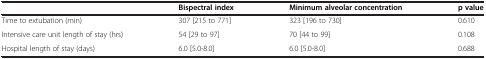
<table><thead><tr><td><b> </b></td><td><b>Bispectral index</b></td><td><b>Minimum alveolar concentration</b></td><td><b>p value</b></td></tr></thead><tbody><tr><td>Time to extubation (min)</td><td>307 [215 to 771]</td><td>323 [196 to 730]</td><td>0.610</td></tr><tr><td>Intensive care unit length of stay (hrs)</td><td>54 [29 to 97]</td><td>70 [44 to 99]</td><td>0.108</td></tr><tr><td>Hospital length of stay (days)</td><td>6.0 [5.0-8.0]</td><td>6.0 [5.0-8.0]</td><td>0.688</td></tr></tbody></table>